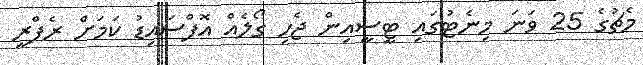
މެޗުގެ 25 ވަނަ މިނެޓުގައި ޓީސީއިން ޖެހި ގޯލެއް އޮފްސައިޑު ކަމަށް ރެފްރީ